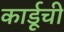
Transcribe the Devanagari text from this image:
कार्डूची